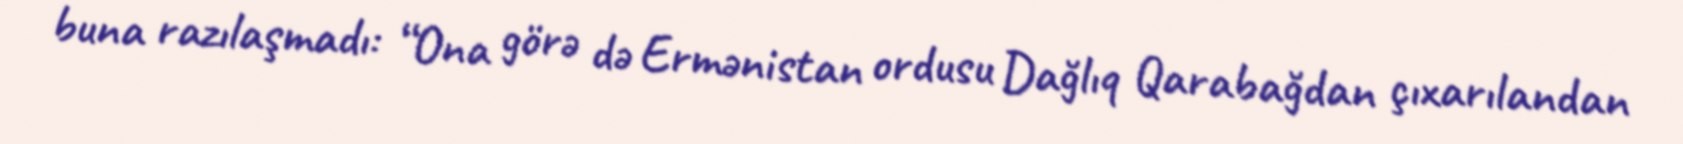
buna razılaşmadı: “Ona görə də Ermənistan ordusu Dağlıq Qarabağdan çıxarılandan